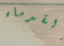
القدماء